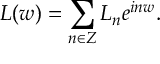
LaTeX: L ( w ) = \sum _ { n \in Z } L _ { n } e ^ { i n w } .